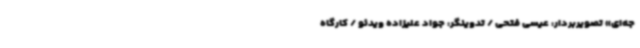
جه‌ای» تصویربردار:‌ عیسی فتحی / تدوینگر: جواد علیزاده ویدئو / کارگاه